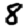
Digit: 8